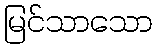
မြင်သာသော